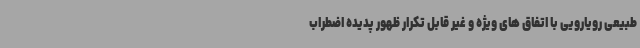
طبیعی رویارویی با اتفاق های ویژه و غیر قابل تکرار ظهور پدیده اضطراب